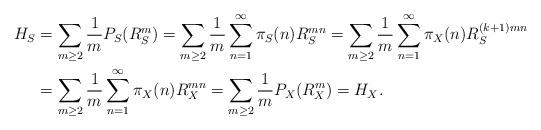
LaTeX: \begin{align*}H_{S} &= \sum_{m \geq 2} \frac{1}{m} P_{S}(R_{S}^{m})= \sum_{m \geq 2} \frac{1}{m} \sum_{n=1}^{\infty} \pi_{S}(n) R_{S}^{mn}= \sum_{m \geq 2} \frac{1}{m} \sum_{n=1}^{\infty} \pi_{X}(n) R_{S}^{(k+1)mn} \\ &= \sum_{m \geq 2} \frac{1}{m} \sum_{n=1}^{\infty} \pi_{X}(n) R_{X}^{mn}= \sum_{m \geq 2} \frac{1}{m} P_{X}(R_{X}^{m})= H_{X}. \end{align*}